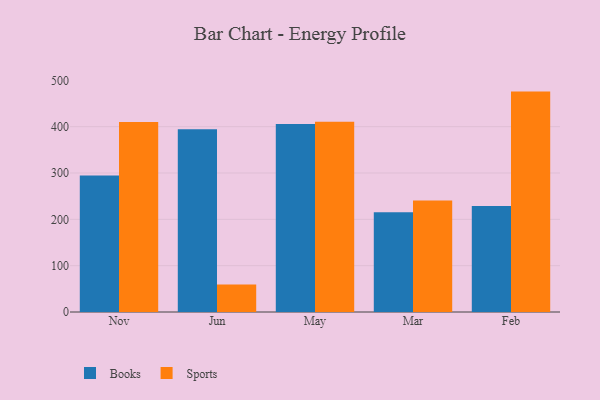
{"axis": {"x": "Month", "y": "Revenue (USD Million)"}, "legend": ["Books", "Sports"], "data": [{"x": "Nov", "y": 294.7, "type": "Books"}, {"x": "Nov", "y": 410.2, "type": "Sports"}, {"x": "Jun", "y": 394.6, "type": "Books"}, {"x": "Jun", "y": 59.2, "type": "Sports"}, {"x": "May", "y": 406.0, "type": "Books"}, {"x": "May", "y": 410.4, "type": "Sports"}, {"x": "Mar", "y": 215.5, "type": "Books"}, {"x": "Mar", "y": 240.9, "type": "Sports"}, {"x": "Feb", "y": 228.7, "type": "Books"}, {"x": "Feb", "y": 475.7, "type": "Sports"}]}